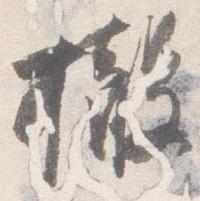
撤